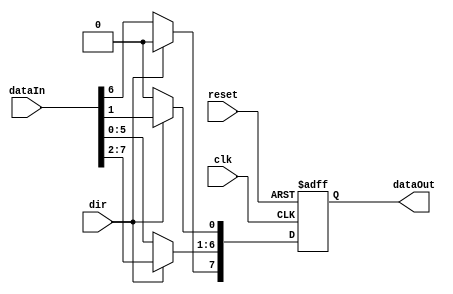
`timescale 1ns / 1ps
//////////////////////////////////////////////////////////////////////////////////
// Company: 
// Engineer: 
// 
// Design Name: 
// Module Name:    nBitRegister 
// Project Name: 
// Target Devices: 
// Tool versions: 
// Description: 
//
// Dependencies: 
//
// Revision: 
// Revision 0.01 - File Created
// Additional Comments: 
//
//////////////////////////////////////////////////////////////////////////////////
module LogicShiftRegister(clk,reset,dataIn,dataOut,dir);

parameter bitwidth=8;
parameter shiftAmount=1;
parameter startingPoint = bitwidth -1 - shiftAmount;

input clk,reset;
input dir;
input[bitwidth-1:0] dataIn;
output reg[bitwidth-1:0] dataOut;

always@(posedge clk,posedge reset)begin
	
	if(reset)begin
		dataOut <= 0;
	end
	else begin
	   if(dir) begin // Right shift
		   dataOut[startingPoint:0] <= dataIn[bitwidth-1:1];
		   dataOut[bitwidth-1:startingPoint+1] <= 0;
		end
		else begin // Left shift
		   dataOut[bitwidth-1:shiftAmount] <= dataIn[startingPoint:0];
		   dataOut[shiftAmount-1:0] <= 0;
		end
	end
	
end

endmodule